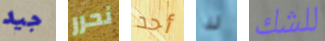
جيد نحرر أحد لذا للشك